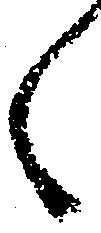
く